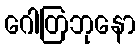
ဂေါတြဘုနော